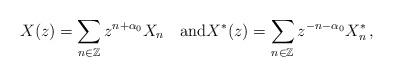
LaTeX: \begin{align*}X(z) = \sum_{n\in {\mathbb Z}} z^{n+{\alpha_0}} X_n \quad\mbox{and}X^*(z) = \sum_{n\in {\mathbb Z}} z^{-n-{\alpha_0}} X^*_{n}\,,\end{align*}